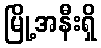
မြို့အနီးရှိ